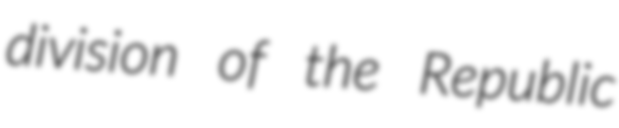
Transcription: division of the Republic